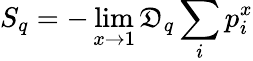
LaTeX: S_{q}=-\operatorname*{lim}_{x\rightarrow1}\mathfrak{D}_{q}\sum_{i}p_{i}^{x}